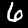
Label: 6